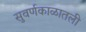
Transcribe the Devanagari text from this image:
सुवर्णकाळातली